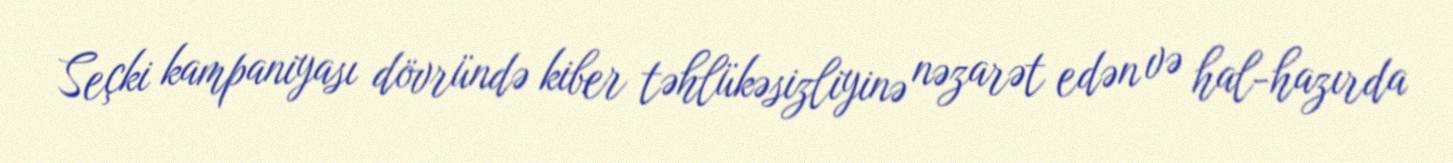
Seçki kampaniyası dövründə kiber təhlükəsizliyinə nəzarət edən və hal-hazırda